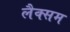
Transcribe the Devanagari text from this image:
लैक्सम